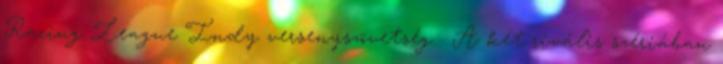
Racing League Indy versenyszövetség . A két rivális szériában